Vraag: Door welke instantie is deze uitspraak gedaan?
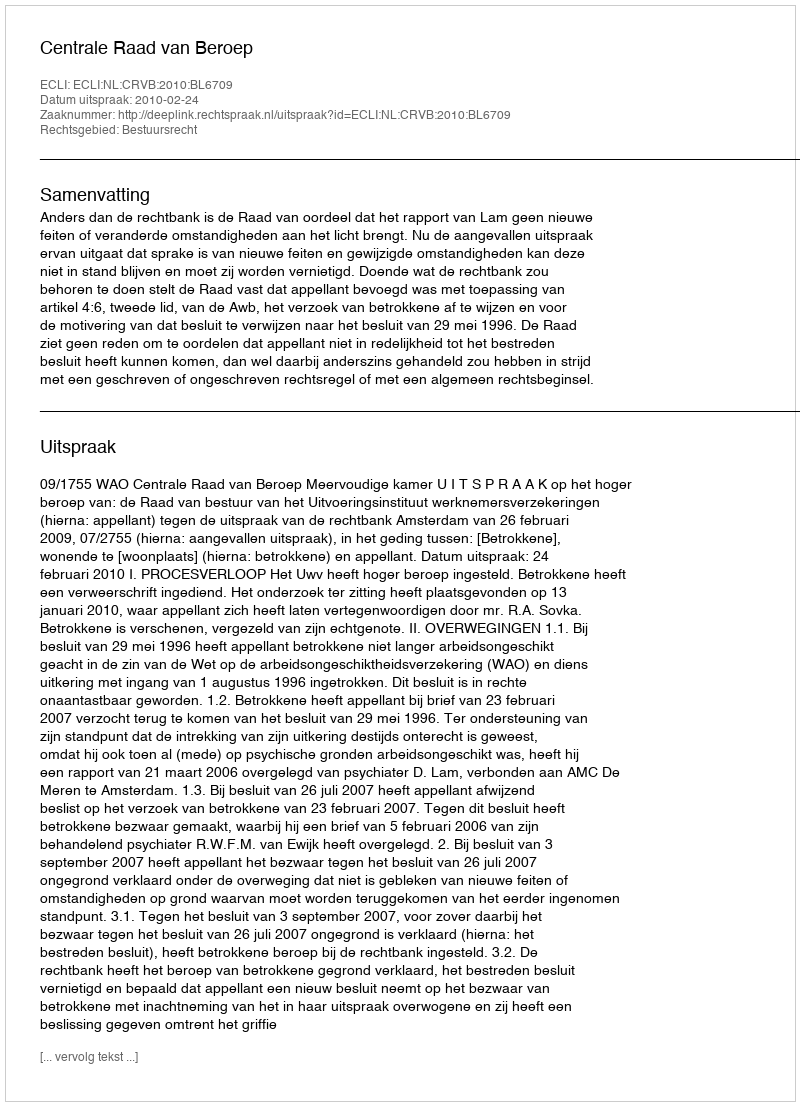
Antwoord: Centrale Raad van Beroep